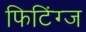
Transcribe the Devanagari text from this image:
फिटिंग्ज